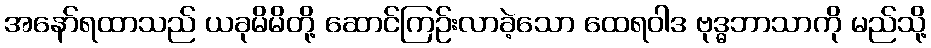
အနော်ရထာသည် ယခုမိမိတို့ ဆောင်ကြဉ်းလာခဲ့သော ထေရဝါဒ ဗုဒ္ဓဘာသာကို မည်သို့